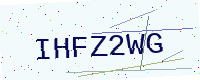
Text: IHFZ2WG